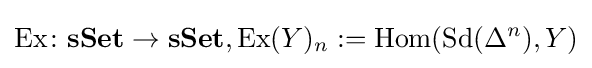
\operatorname {Ex} \colon \mathbf {sSet} \rightarrow \mathbf {sSet} ,\operatorname {Ex} (Y)_{n}:=\operatorname {Hom} (\operatorname {Sd} (\Delta ^{n}),Y)